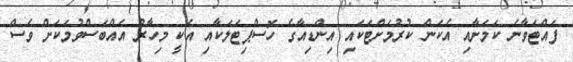
ފައްޓަވާނެ ކަމަށާއި އެކަން ކުރުމަށްޓަކައި އިންޑިއާގެ ހޮސްޕިޓަލަކާއި އެކީ މިހާރު އެއްބަސްވުމަކަށް ވެސް